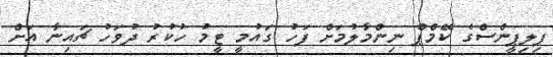
ފިލިޕީންސްގެ ކޭމްޕް ނިންމާލުމަށް ފަހު ގައުމީ ޓީމު ހުކުރު ދުވަހު ޗައިނާ އަށް